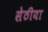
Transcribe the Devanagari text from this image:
सेठीया